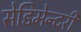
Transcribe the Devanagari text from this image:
सेडिमेन्टरी